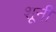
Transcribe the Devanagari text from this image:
शूनी